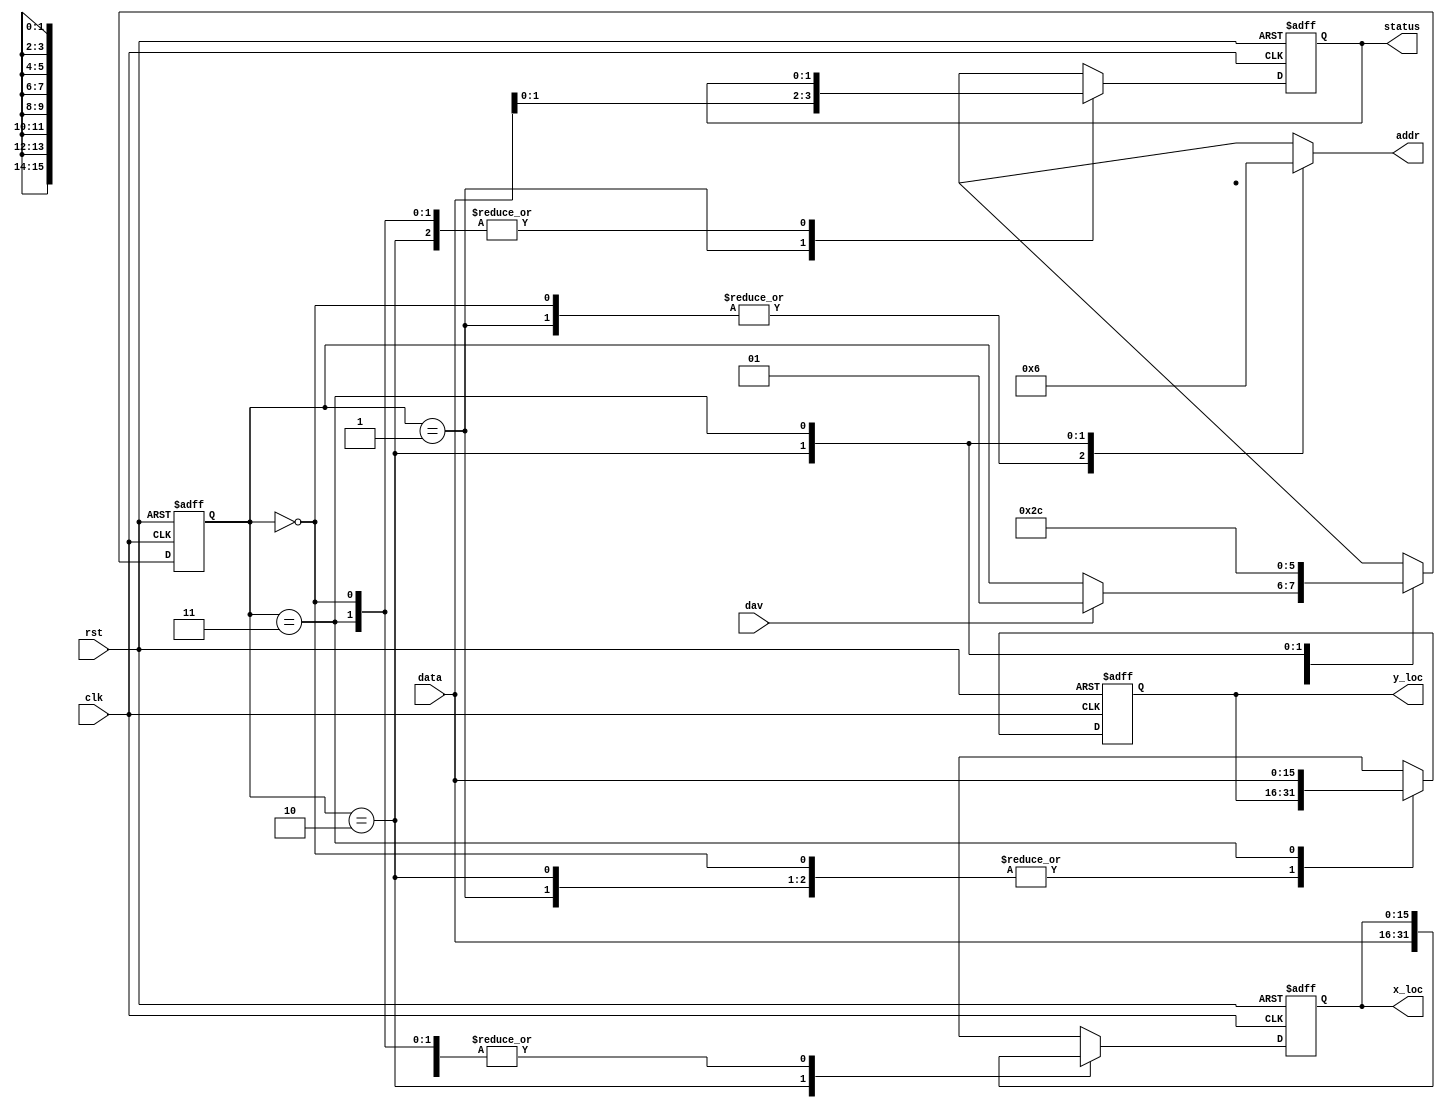
`timescale 1ns / 1ps
//////////////////////////////////////////////////////////////////////////////////
// Company: 
// Engineer: 
// 
// Design Name: 
// Module Name:    paddle_position 
// Project Name: 
// Target Devices: 
// Tool versions: 
// Description: 
//
// Dependencies: 
//
// Revision: 
// Revision 0.01 - File Created
// Additional Comments: 
//
//////////////////////////////////////////////////////////////////////////////////
module paddle_position(output reg [15:0] x_loc, y_loc, output reg [1:0] status, output reg [1:0] addr, input [15:0] data, input dav, clk, rst);

   reg [15:0] next_x_loc, next_y_loc;
	reg [1:0] next_status;
   reg [1:0] state, next_state;
	
   localparam idle = 2'h0, read_status = 2'h1, read_x = 2'h2, read_y = 2'd3;
   
   always@(posedge clk, posedge rst) begin
      if(rst) begin
         status <= 2'd0;
         x_loc <= 16'd0;
         y_loc <= 16'd0;
			state <= 2'd0;
      end
      else begin
         x_loc <= next_x_loc;
         y_loc <= next_y_loc;
         status <= next_status;
			state <= next_state;
      end 
   end

   always@(*) begin
		 next_state = state;
       next_x_loc = x_loc;
       next_y_loc = y_loc;
       next_status = status;
       addr = 2'b00;
       case(state)
          idle: begin
             if(dav)
                next_state = read_status; 
          end
          read_status: begin
				addr = 2'b00;
				next_status = data[1:0]; 
				next_state = read_x; 
          end
          read_x: begin
				addr = 2'b01;
            next_x_loc = data; 
            next_state = read_y; 
          end
          read_y: begin
            addr = 2'b10;
            next_y_loc = data; 
            next_state = idle; 
          end
       endcase
   end
   
endmodule